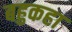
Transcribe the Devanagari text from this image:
बहुकहा